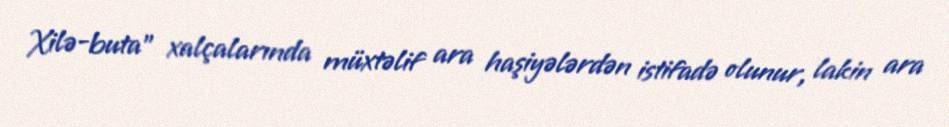
Xilə-buta" xalçalarında müxtəlif ara haşiyələrdən istifadə olunur, lakin ara